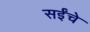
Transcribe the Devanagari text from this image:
सईंचे